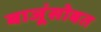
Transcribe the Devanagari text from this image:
बाजूंसोबत